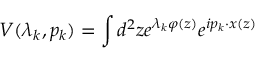
V ( \lambda _ { k } , p _ { k } ) = \int d ^ { 2 } z e ^ { \lambda _ { k } \varphi ( z ) } e ^ { i p _ { k } \cdot x ( z ) }